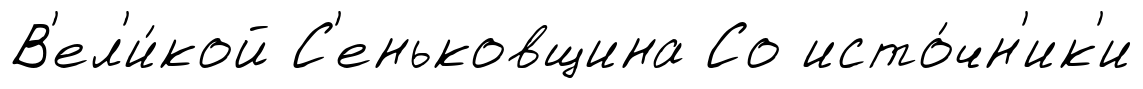
В'ел'и́кой С'еньковщина Со исто́чн'ик'и